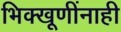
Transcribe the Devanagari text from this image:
भिक्खूणींनाही